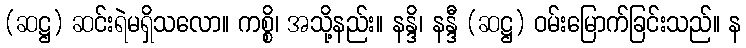
(ဆဋ္ဌ) ဆင်းရဲမရှိသလော။ ကစ္စိ၊ အသို့နည်း။ နန္ဒိ၊ နန္ဒီ (ဆဋ္ဌ) ဝမ်းမြောက်ခြင်းသည်။ န